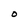
Character: 0